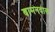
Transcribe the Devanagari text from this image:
बामनदास